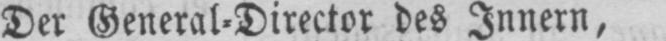
Der General⸗Director des Innern,